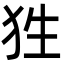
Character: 狌